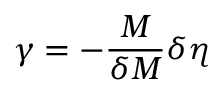
\gamma = - { \frac { M } { \delta M } } \delta \eta